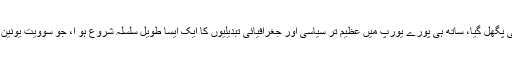
تبدیلی اور زیادہ آزادی کی عوامی خواہشات کا ایک سیلاب تھا جس کے آگے آہنی پردہ بھی پگھل گیا، ساتھ ہی پورے یورپ میں عظیم تر سیاسی اور جغرافیائی تبدیلیوں کا ایک ایسا طویل سلسلہ شروع ہو ا، جو سوویت یونین کے خاتمے اور مشرقی یورپ میں بہت سی نئی ریاستوں کے وجود میں آنے کا سبب بنا۔